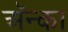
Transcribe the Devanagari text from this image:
अॅन्का